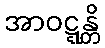
အာဝဋ္ဋန္တိ